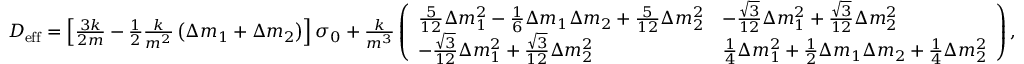
\begin{array} { r } { D _ { \mathrm { e f f } } = \left[ \frac { 3 k } { 2 m } - \frac { 1 } { 2 } \frac { k } { m ^ { 2 } } \left( \Delta m _ { 1 } + \Delta m _ { 2 } \right) \right] \sigma _ { 0 } + \frac { k } { m ^ { 3 } } \left( \begin{array} { l l } { \frac { 5 } { 1 2 } \Delta m _ { 1 } ^ { 2 } - \frac { 1 } { 6 } \Delta m _ { 1 } \Delta m _ { 2 } + \frac { 5 } { 1 2 } \Delta m _ { 2 } ^ { 2 } } & { - \frac { \sqrt { 3 } } { 1 2 } \Delta m _ { 1 } ^ { 2 } + \frac { \sqrt { 3 } } { 1 2 } \Delta m _ { 2 } ^ { 2 } } \\ { - \frac { \sqrt { 3 } } { 1 2 } \Delta m _ { 1 } ^ { 2 } + \frac { \sqrt { 3 } } { 1 2 } \Delta m _ { 2 } ^ { 2 } } & { \frac { 1 } { 4 } \Delta m _ { 1 } ^ { 2 } + \frac { 1 } { 2 } \Delta m _ { 1 } \Delta m _ { 2 } + \frac { 1 } { 4 } \Delta m _ { 2 } ^ { 2 } } \end{array} \right) , } \end{array}